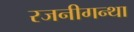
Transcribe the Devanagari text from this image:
रजनीगन्था